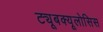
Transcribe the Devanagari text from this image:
ट्यूबक्यूलोसिस